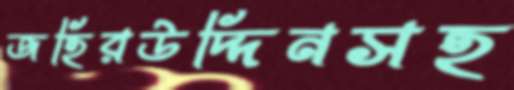
জহিরউদ্দিনসহ